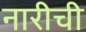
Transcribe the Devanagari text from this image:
नारीची